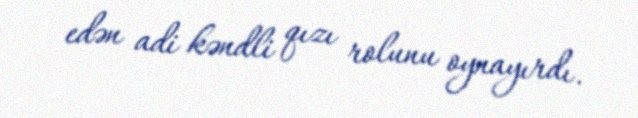
edən adi kəndli qızı rolunu oynayırdı.